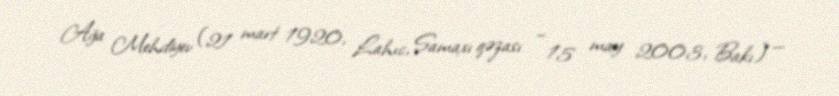
Ağa Mehdiyev (21 mart 1920, Lahıc, Şamaxı qəzası – 15 may 2003, Bakı) —